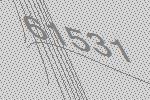
61531